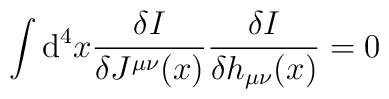
\int{\rm d}^4 x\frac{\delta I}{\delta J^{\mu\nu}(x)}               \frac{\delta I}{\delta h_{\mu\nu}(x)} = 0